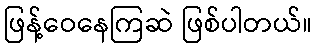
ဖြန့်ဝေနေကြဆဲ ဖြစ်ပါတယ်။